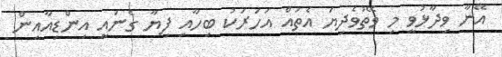
އޭނާ ވިދާޅުވީ މި ވޭތުވެދިޔަ އެތައް އަހަރަކު ބިހާއި ފިޔާ ގެނައީ އިންޑިއާއިން